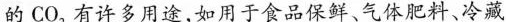
的CO_{2}有许多用途，如用于食品保鲜、气体肥料、冷藏